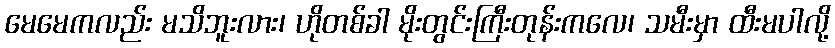
မေမေကလည်း မသိဘူးလား၊ ဟိုတစ်ခါ မိုးတွင်းကြီးတုန်းကလေ၊ သမီးမှာ ထီးမပါလို့